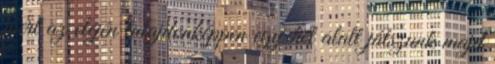
mert az elején tulajdonképpen egy hét alatt játszunk majd